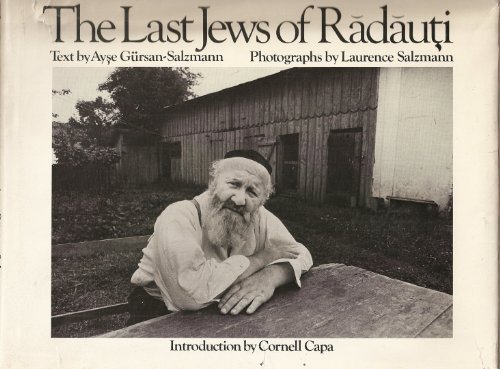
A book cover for Last Jews of Radauti; Laurence Salzmann; History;